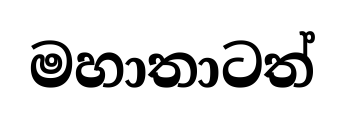
මහාතාටත්